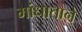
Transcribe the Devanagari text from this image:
मांधाताने